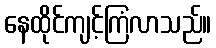
နေထိုင်ကျင့်ကြံလာသည်။